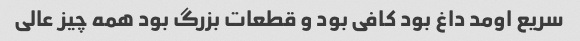
سریع اومد داغ بود کافی بود و قطعات بزرگ بود همه چیز عالی